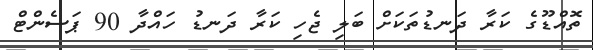
ތޮއްޑޫގެ ކަރާ ދަނޑުތަކަށް ބަލި ޖެހި ކަރާ ދަނޑު ހައްދާ 90 ޕަސެންޓް